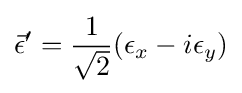
{\vec {\epsilon }}'={\frac {1}{\sqrt {2}}}(\epsilon _{x}-i\epsilon _{y})